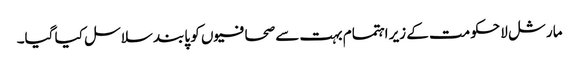
مارشل لا حکومت کے زیر اہتمام بہت سے صحافیوں کو پابند سلاسل کیا گیا۔